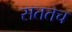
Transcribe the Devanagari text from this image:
सततच